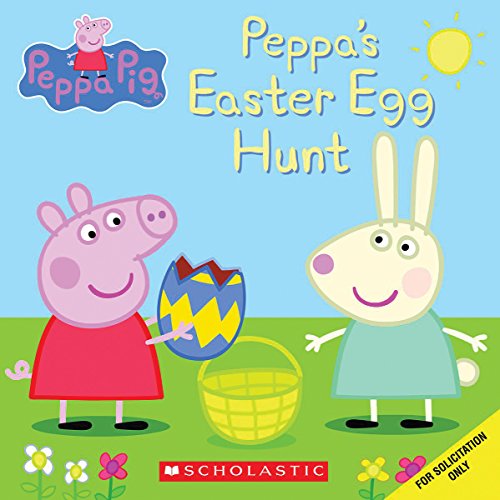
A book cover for Peppa's Easter Egg Hunt (Peppa Pig); Scholastic; Children's Books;